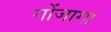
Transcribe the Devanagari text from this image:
गोंजागा